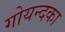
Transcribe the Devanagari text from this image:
गोयन्‍दका